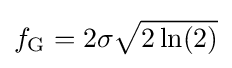
f_{\mathrm {G} }=2\sigma {\sqrt {2\ln(2)}}